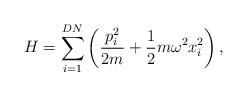
LaTeX: \begin{align*}H=\displaystyle \sum_{i=1}^{DN} \left(\frac{p_{i}^{2}}{2m} + \frac{1}{2} m \omega^{2} x_{i}^{2} \right),\end{align*}